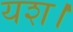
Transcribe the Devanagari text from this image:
यश।